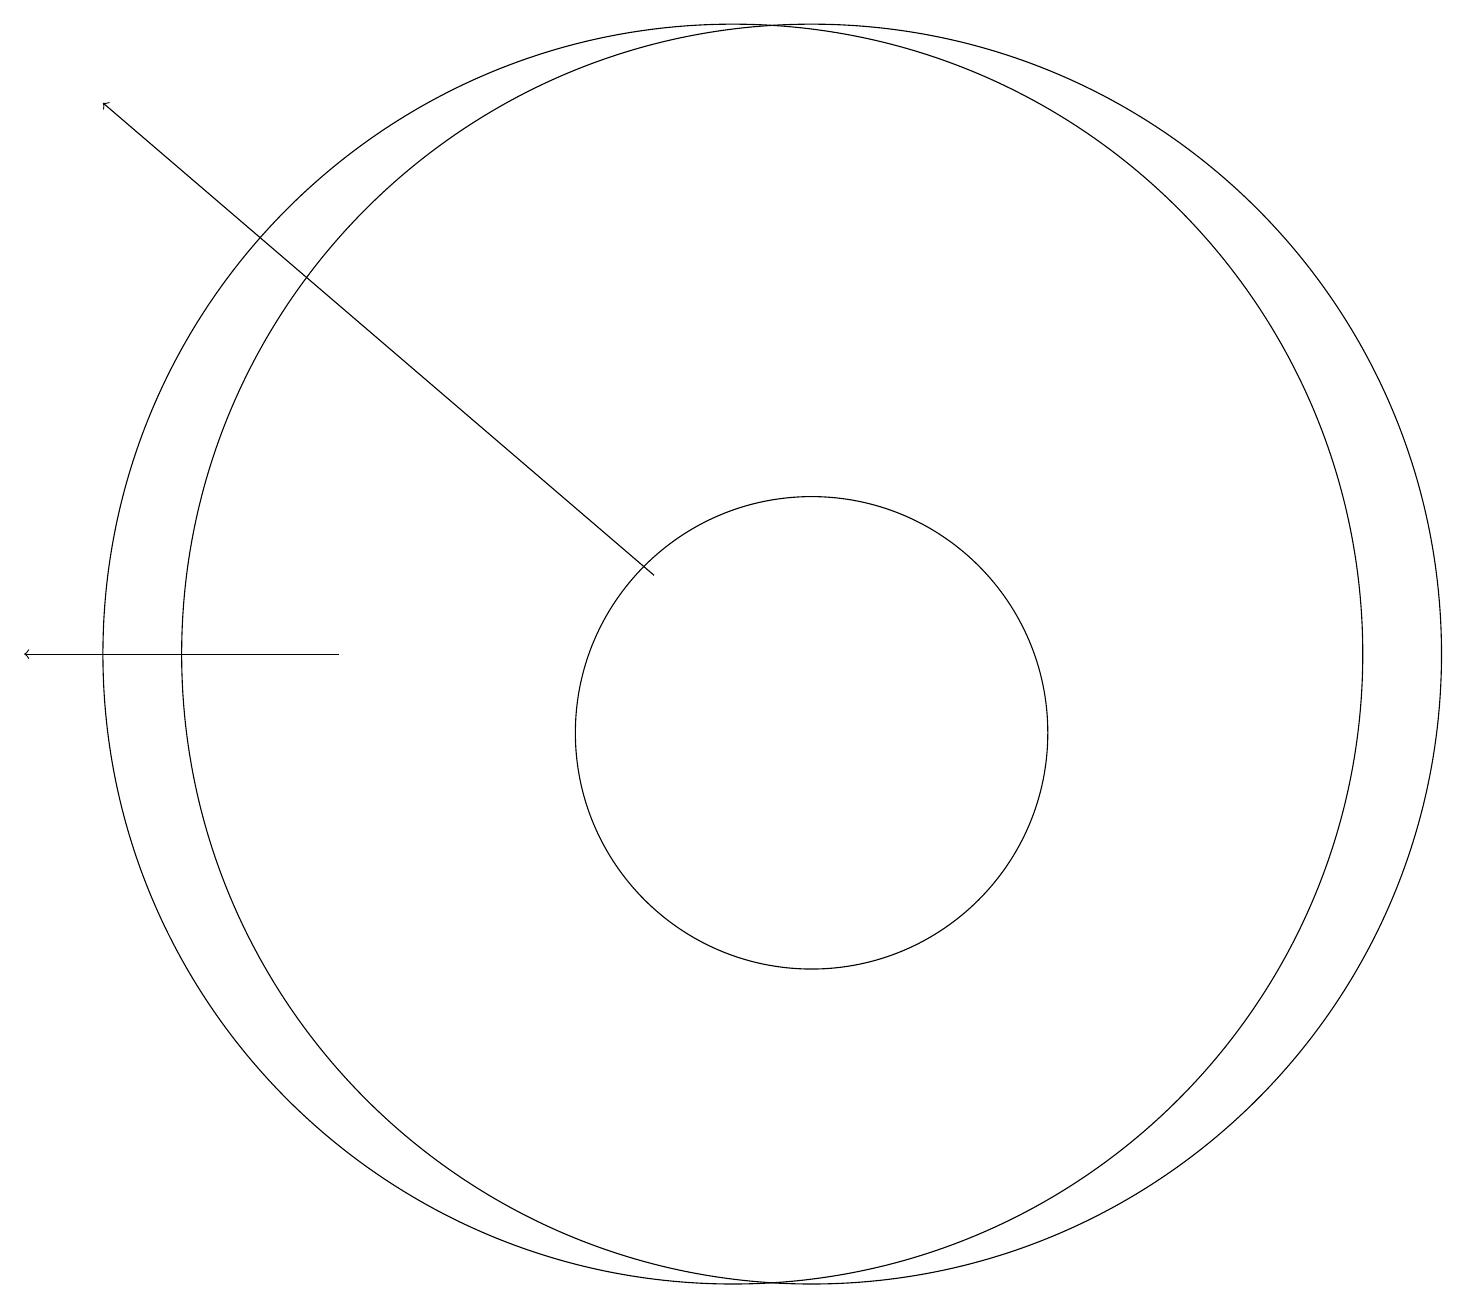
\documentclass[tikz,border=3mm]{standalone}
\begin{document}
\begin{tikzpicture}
\draw[->] (5,11) -- (1,11);
\draw (11,11) circle (8);
\draw[->] (9,12) -- (2,18);
\draw (11,10) circle (3);
\draw (10,11) circle (8);
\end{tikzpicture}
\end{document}